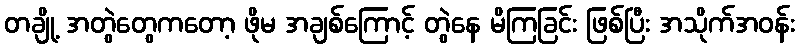
တချို့ အတွဲတွေကတော့ ဖိုမ အချစ်ကြောင့် တွဲနေ မိကြခြင်း ဖြစ်ပြီး အသိုက်အဝန်း